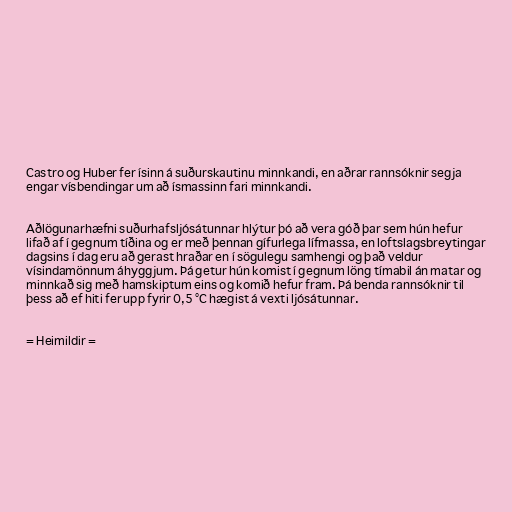
Castro og Huber fer ísinn á suðurskautinu minnkandi, en aðrar rannsóknir segja
engar vísbendingar um að ísmassinn fari minnkandi.

Aðlögunarhæfni suðurhafsljósátunnar hlýtur þó að vera góð þar sem hún hefur
lifað af í gegnum tíðina og er með þennan gífurlega lífmassa, en loftslagsbreytingar
dagsins í dag eru að gerast hraðar en í sögulegu samhengi og það veldur
vísindamönnum áhyggjum. Þá getur hún komist í gegnum löng tímabil án matar og
minnkað sig með hamskiptum eins og komið hefur fram. Þá benda rannsóknir til
þess að ef hiti fer upp fyrir 0,5 °C hægist á vexti ljósátunnar.

= Heimildir =